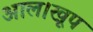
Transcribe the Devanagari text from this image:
आल।खूप